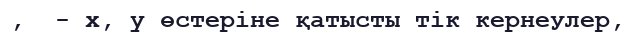
,  - x, y өстеріне қатысты тік кернеулер,